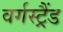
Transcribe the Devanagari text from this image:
वर्गस्ट्रैंड